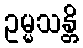
ဥမ္မသန္တိ